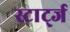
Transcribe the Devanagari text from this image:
स्टार्ट्ज